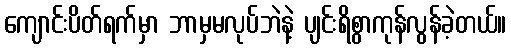
ကျောင်းပိတ်ရက်မှာ ဘာမှမလုပ်ဘဲနဲ့ ပျင်းရိစွာကုန်လွန်ခဲ့တယ်။